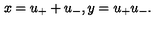
x = u _ { + } + u _ { - } , y = u _ { + } u _ { - } .